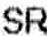
SR